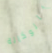
بالوكالة